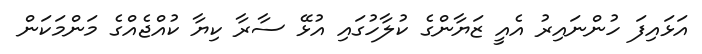
އަޅައިފަ ހުންނައިރު އެއީ ޒަޔާންގެ ކުލާހުގައި އުޅޭ ސާރާ ކިޔާ ކުއްޖެއްގެ މަންމަކަން